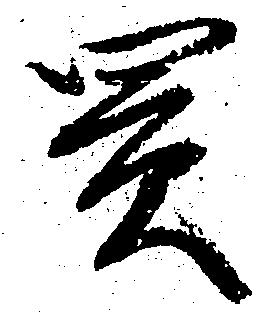
買